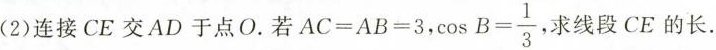
(2)连接CE交AD于点O。若$$AC=AB=3$$， $$\cosB= \frac{1}{3}$$，求线段CE的长.